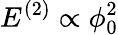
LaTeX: E^{(2)}\propto\phi_{0}^{2}